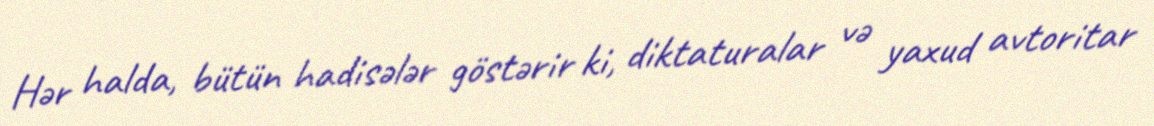
Hər halda, bütün hadisələr göstərir ki, diktaturalar və yaxud avtoritar